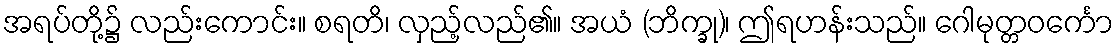
အရပ်တို့၌ လည်းကောင်း။ စရတိ၊ လှည့်လည်၏။ အယံ (ဘိက္ခု)၊ ဤရဟန်းသည်။ ဂေါမုတ္တဝင်္ကော